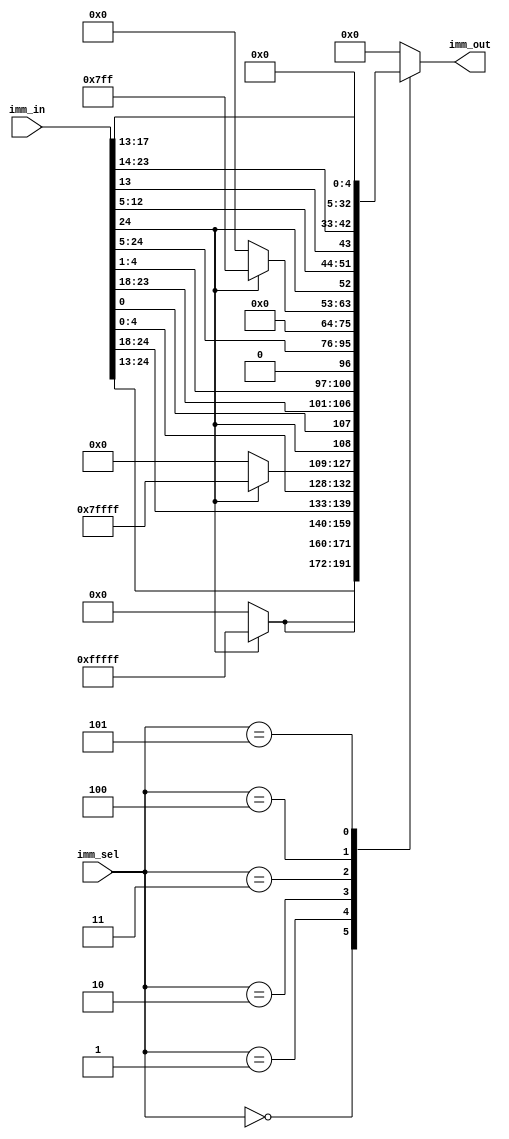
module SEXT(
      input[24:0] imm_in,
      output reg [31:0] imm_out,
      input [2:0] imm_sel
    );
    
    wire sign=imm_in[24];
    always@(*)
    begin
        case(imm_sel)
        3'b000:imm_out={sign==1?20'hFFFFF:20'h00000,imm_in[24:13]};//Iָ
        3'b001:imm_out={sign==1?20'hFFFFF:20'h00000,imm_in[24:18],imm_in[4:0]};//Sָ
        3'b010:imm_out={sign==1?19'hFFFFF:19'h00000,imm_in[24],imm_in[0],imm_in[23:18],imm_in[4:1],1'b0};//Bָ
        3'b011:imm_out={imm_in[24:5],12'b0};//U
        3'b100:imm_out={sign==1?11'b111_1111_1111:11'h0,imm_in[24],imm_in[12:5],imm_in[13],imm_in[23:14],1'b0};//J
        3'b101:imm_out={27'b0,imm_in[17:13]};//λ
        default:imm_out=32'b0;
        endcase
    end
endmodule